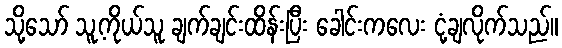
သို့သော် သူ့ကိုယ်သူ ချက်ချင်းထိန်းပြီး ခေါင်းကလေး ငုံ့ချလိုက်သည်။